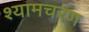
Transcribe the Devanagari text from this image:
श्यामचरण